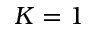
K = 1